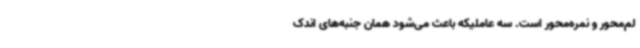
لم‌محور و نمره‌محور است. سه عاملیکه باعث می‌شود همان جنبه‌های اندک